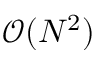
\mathcal { O } ( N ^ { 2 } )